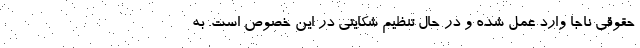
حقوقی ناجا وارد عمل شده و در حال تنظیم شکایتی در این خصوص است. به